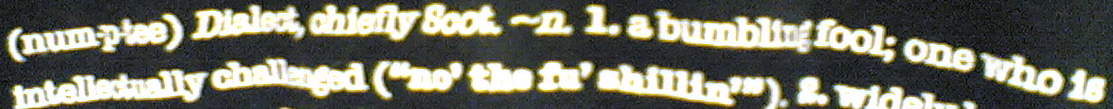
(num-p-tee) Dialect. ohiefly Soot. ~n. l. a bumbling fool; one who is